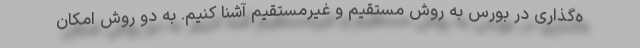
ه‌گذاری در بورس به روش مستقیم و غیرمستقیم آشنا کنیم. به دو روش امکان